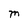
Character: M